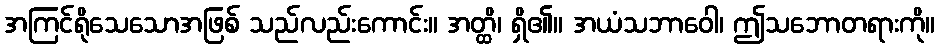
အကြင်ရိုသေသောအဖြစ် သည်လည်းကောင်း။ အတ္ထိ၊ ရှိ၏။ အယံသဘာဝေါ၊ ဤသဘောတရားကို။